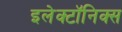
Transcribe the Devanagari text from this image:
इलेक्टॉनिक्स